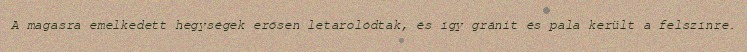
A magasra emelkedett hegységek erősen letarolódtak, és így gránit és pala került a felszínre.